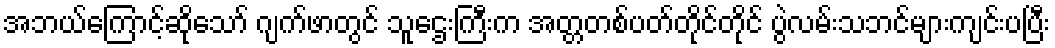
အဘယ်ကြောင့်ဆိုသော် ဂျက်ဖာတွင် သူဌေးကြီးက အတ္တတစ်ပတ်တိုင်တိုင် ပွဲလမ်းသဘင်များကျင်းပပြီး